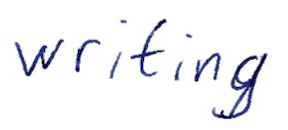
Text: writing
Cross-out: clean
Writing tool: ballpoint